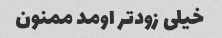
خیلی زودتر اومد ممنون